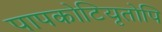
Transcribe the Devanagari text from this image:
पापकोटियृतोपि